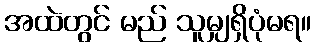
အထဲတွင် မည် သူမျှရှိပုံမရ။